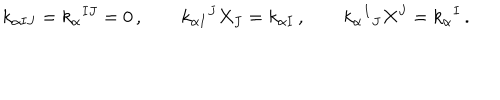
k _ { \alpha I J } = k _ { \alpha } { } ^ { I J } = 0 \, , \qquad k _ { \alpha I } { } ^ { J } X _ { J } = k _ { \alpha I } \, , \qquad k _ { \alpha } { } ^ { I } { } _ { J } X ^ { J } = k _ { \alpha } { } ^ { I } \, .